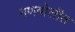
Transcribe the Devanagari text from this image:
गणबोलीत